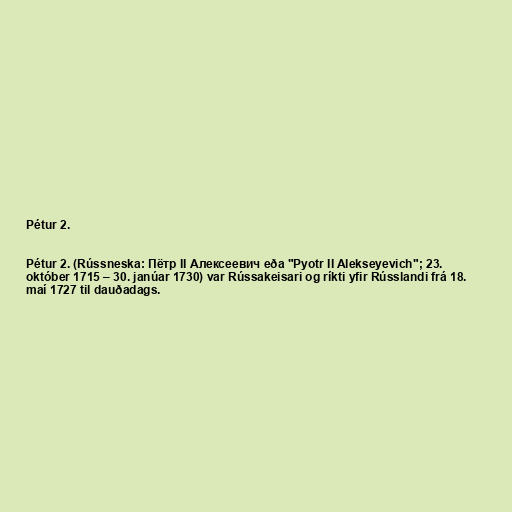
Pétur 2.

Pétur 2. (Rússneska: Пётр II Алексеевич eða "Pyotr II Alekseyevich"; 23.
október 1715 – 30. janúar 1730) var Rússakeisari og ríkti yfir Rússlandi frá 18.
maí 1727 til dauðadags.